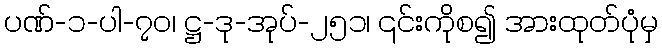
ပဏ်-၁-ပါ-၇၀၊ ဋ္ဌ-ဒု-အုပ်-၂၅၁၊ ၎င်းကိုစ၍ အားထုတ်ပုံမှ